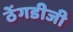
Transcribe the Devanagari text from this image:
ठेंगडीजी